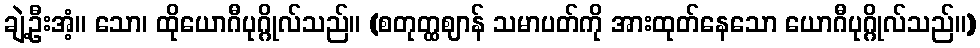
ချဲ့ဦးအံ့။ သော၊ ထိုယောဂီပုဂ္ဂိုလ်သည်။ (စတုတ္ထဈာန် သမာပတ်ကို အားထုတ်နေသော ယောဂီပုဂ္ဂိုလ်သည်။)